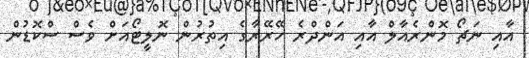
އާއި ނަޗޯ މޮންރެއާލް އާއި އަންދްރެ ހޭރޭރާގެ އިތުރުން ނޮލީޓޯއަށް ވެސް ސްކޮޑުން